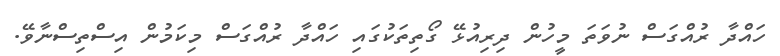
ހައްދާ ރުއްގަސް ނުވަތަ މީހުން ދިރިއުޅޭ ގޯތިތަކުގައި ހައްދާ ރުއްގަސް މިކަމުން އިސްތިސްނާވޭ.